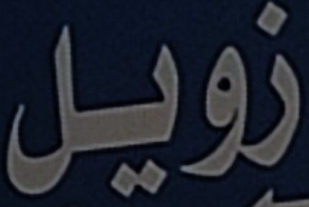
زويل